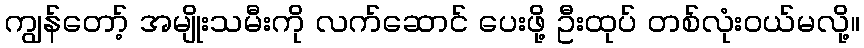
ကျွန်တော့် အမျိုးသမီးကို လက်ဆောင် ပေးဖို့ ဦးထုပ် တစ်လုံးဝယ်မလို့။